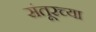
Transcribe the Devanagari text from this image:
संतूरच्या